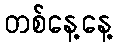
တစ်နေ့နေ့